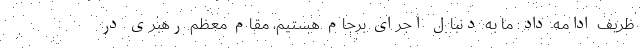
ظریف ادامه داد: ما به دنبال اجرای برجام هستیم، مقام معظم رهبری در